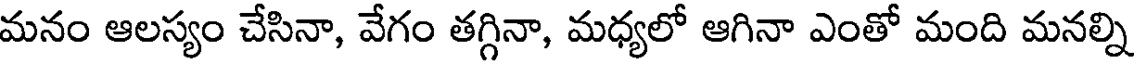
మనం ఆలస్యం చేసినా, వేగం తగ్గినా, మధ్యలో ఆగినా ఎంతో మంది మనల్ని